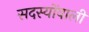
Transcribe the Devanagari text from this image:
सदस्योंवाली